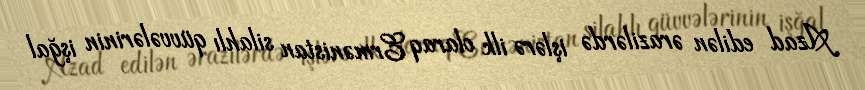
Azad edilən ərazilərdə işlərə ilk olaraq Ermənistan silahlı qüvvələrinin işğal